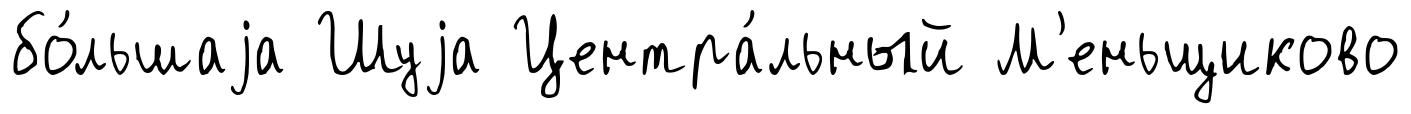
бо́льшаjа Шуjа Центра́льный М'еньщиково